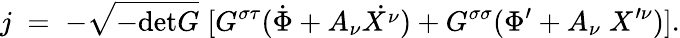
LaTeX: j\; =\; -\sqrt{-\mathrm{det}G}\; [G^{\sigma\tau}(\dot{\Phi}+A_{\nu}\dot{X^{\nu}})+G^{\sigma\sigma}(\Phi^{\prime}+A_{\nu}\; X^{\prime\nu})].